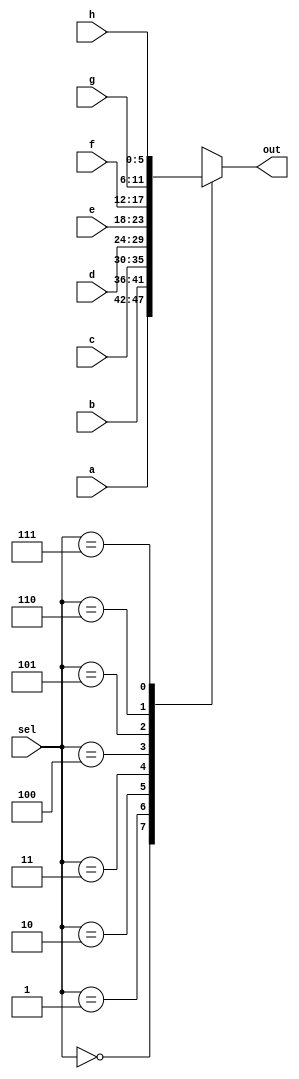
module Mux8To1_1210708 #(parameter n =4) (input signed [n+1:0] a,
									input signed [n+1:0] b,
									input signed [n+1:0] c,
									input signed [n+1:0] d,
									input signed [n+1:0] e,
									input signed [n+1:0] f,
									input signed [n+1:0] g,
									input signed [n+1:0] h,
									input signed [2:0] sel,
									output reg signed [n+1:0]out);
									
	// a multiplexer that choose which is the output 								

  always @(*) begin
    case (sel)
      3'b000: out = a;
      3'b001: out = b;
      3'b010: out = c;
      3'b011: out = d;
      3'b100: out = e;
      3'b101: out = f;
      3'b110: out = g;
      3'b111: out = h;
    endcase
  end

endmodule